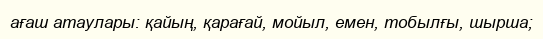
ағаш атаулары: қайың, қарағай, мойыл, емен, тобылғы, шырша;